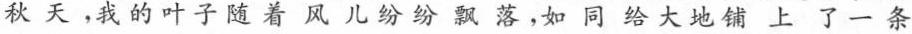
秋天，我的叶子随着风儿纷纷飘落，如同给大地铺上了一条